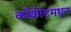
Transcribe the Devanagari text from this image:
काँक्रीटमधून